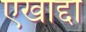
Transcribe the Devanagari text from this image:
एखाद्दा